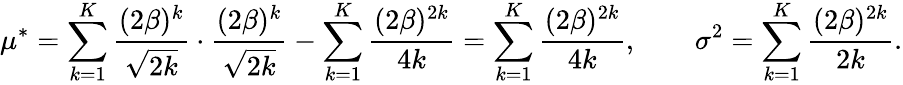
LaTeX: \mu^{\ast}=\sum_{k=1}^{K}\frac{(2\beta)^{k}}{\sqrt{2k}}\cdot\frac{(2\beta)^{k}}{\sqrt{2k}}-\sum_{k=1}^{K}\frac{(2\beta)^{2k}}{4k}=\sum_{k=1}^{K}\frac{(2\beta)^{2k}}{4k},\qquad\sigma^{2}=\sum_{k=1}^{K}\frac{(2\beta)^{2k}}{2k}.